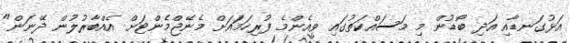
އަޅުގަނޑާއި އަދި ބޯޑުން މި މަސައްކަތުގައި ވީއެންމެ ފުރިހަމައަށް މެނޭޖްމެންޓަށް އެއްބާރުލުން ދޭނަން"